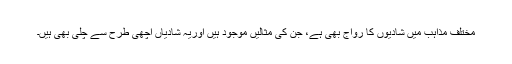
مختلف مذاہب میں شادیوں کا رواج بھی ہے، جن کی مثالیں موجود ہیں اوریہ شادیاں اچھی طرح سے چلی بھی ہیں۔